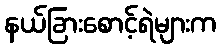
နယ်ခြားစောင့်ရဲများက